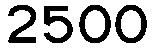
2500